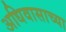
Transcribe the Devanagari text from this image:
अधिवासाच्या